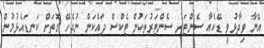
އޭނާ ވިދާޅުވީ ޑޭކެއާ ސެންޓަރު ސެންޓަރުތަކުން ޓެކްސް ދައްކަން ނުޖެހޭ ގޮތަށް ކަނޑައެޅުމުން